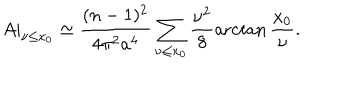
LaTeX: A | _ { \nu \leq x _ { 0 } } \simeq \frac { ( n - 1 ) ^ { 2 } } { 4 \pi ^ { 2 } a ^ { 4 } } \sum _ { \nu \leq x _ { 0 } } \frac { \nu ^ { 2 } } { 8 } \operatorname { a r c t a n } \frac { x _ { 0 } } { \nu } .